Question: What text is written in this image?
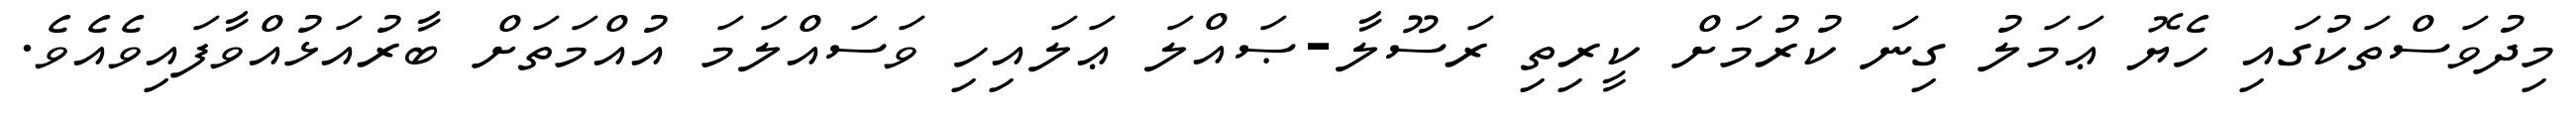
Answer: މިދުވަސްތަކުގައި ހެޔޮ ޢަމަލު ގިނަ ކުރުމަށް ކީރިތި ރަސޫލާ-ޞައްލަ ޢަލައިހި ވަސައްލަމަ އުއްމަތަށް ބާރުއަޅުއްވާފައިވެއެވެ.